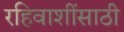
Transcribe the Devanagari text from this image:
रहिवाशींसाठी